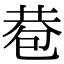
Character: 𢁀